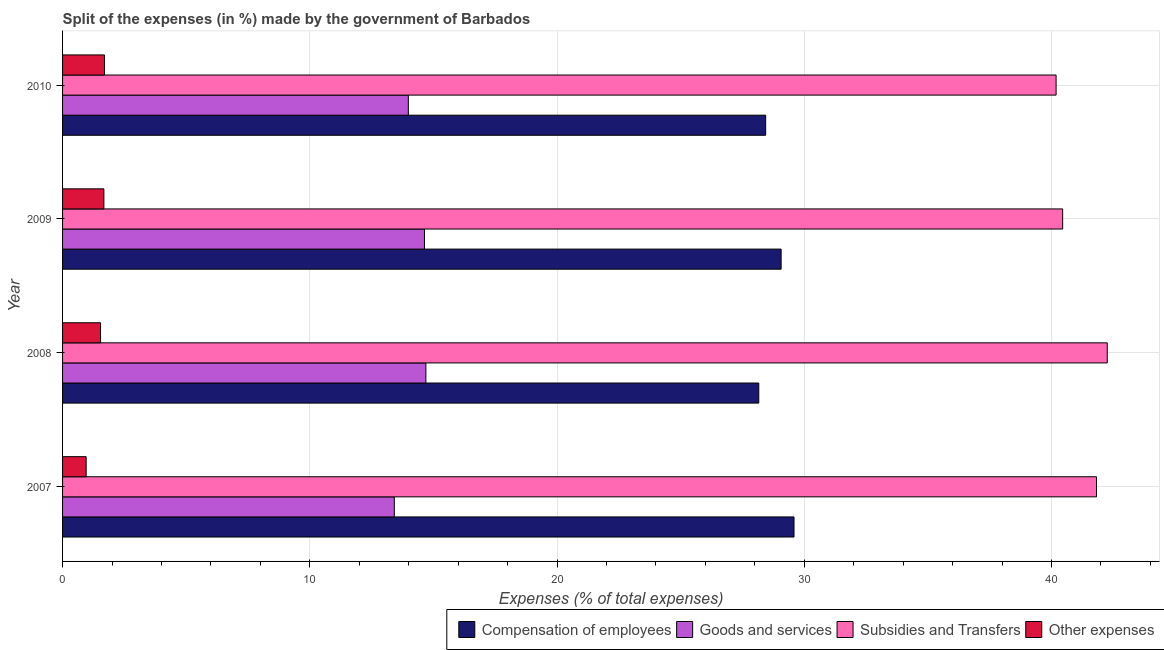
| Year | Compensation of employees | Goods and services | Subsidies and Transfers | Other expenses |
 | --- | --- | --- | --- | --- |
 | 2007 | 29.6 | 13.4 | 41.8 | 0.954 |
 | 2008 | 28.2 | 14.7 | 42.3 | 1.54 |
 | 2009 | 29.1 | 14.6 | 40.5 | 1.67 |
 | 2010 | 28.4 | 14 | 40.2 | 1.69 |